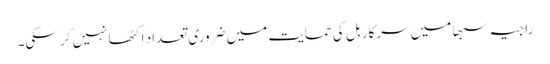
راجیہ سبھا میں سرکار بل کی حمایت میں ضروری تعداد اکٹھا نہیں کر سکی۔